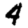
Digit: 4